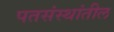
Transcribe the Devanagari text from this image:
पतसंस्थांतील